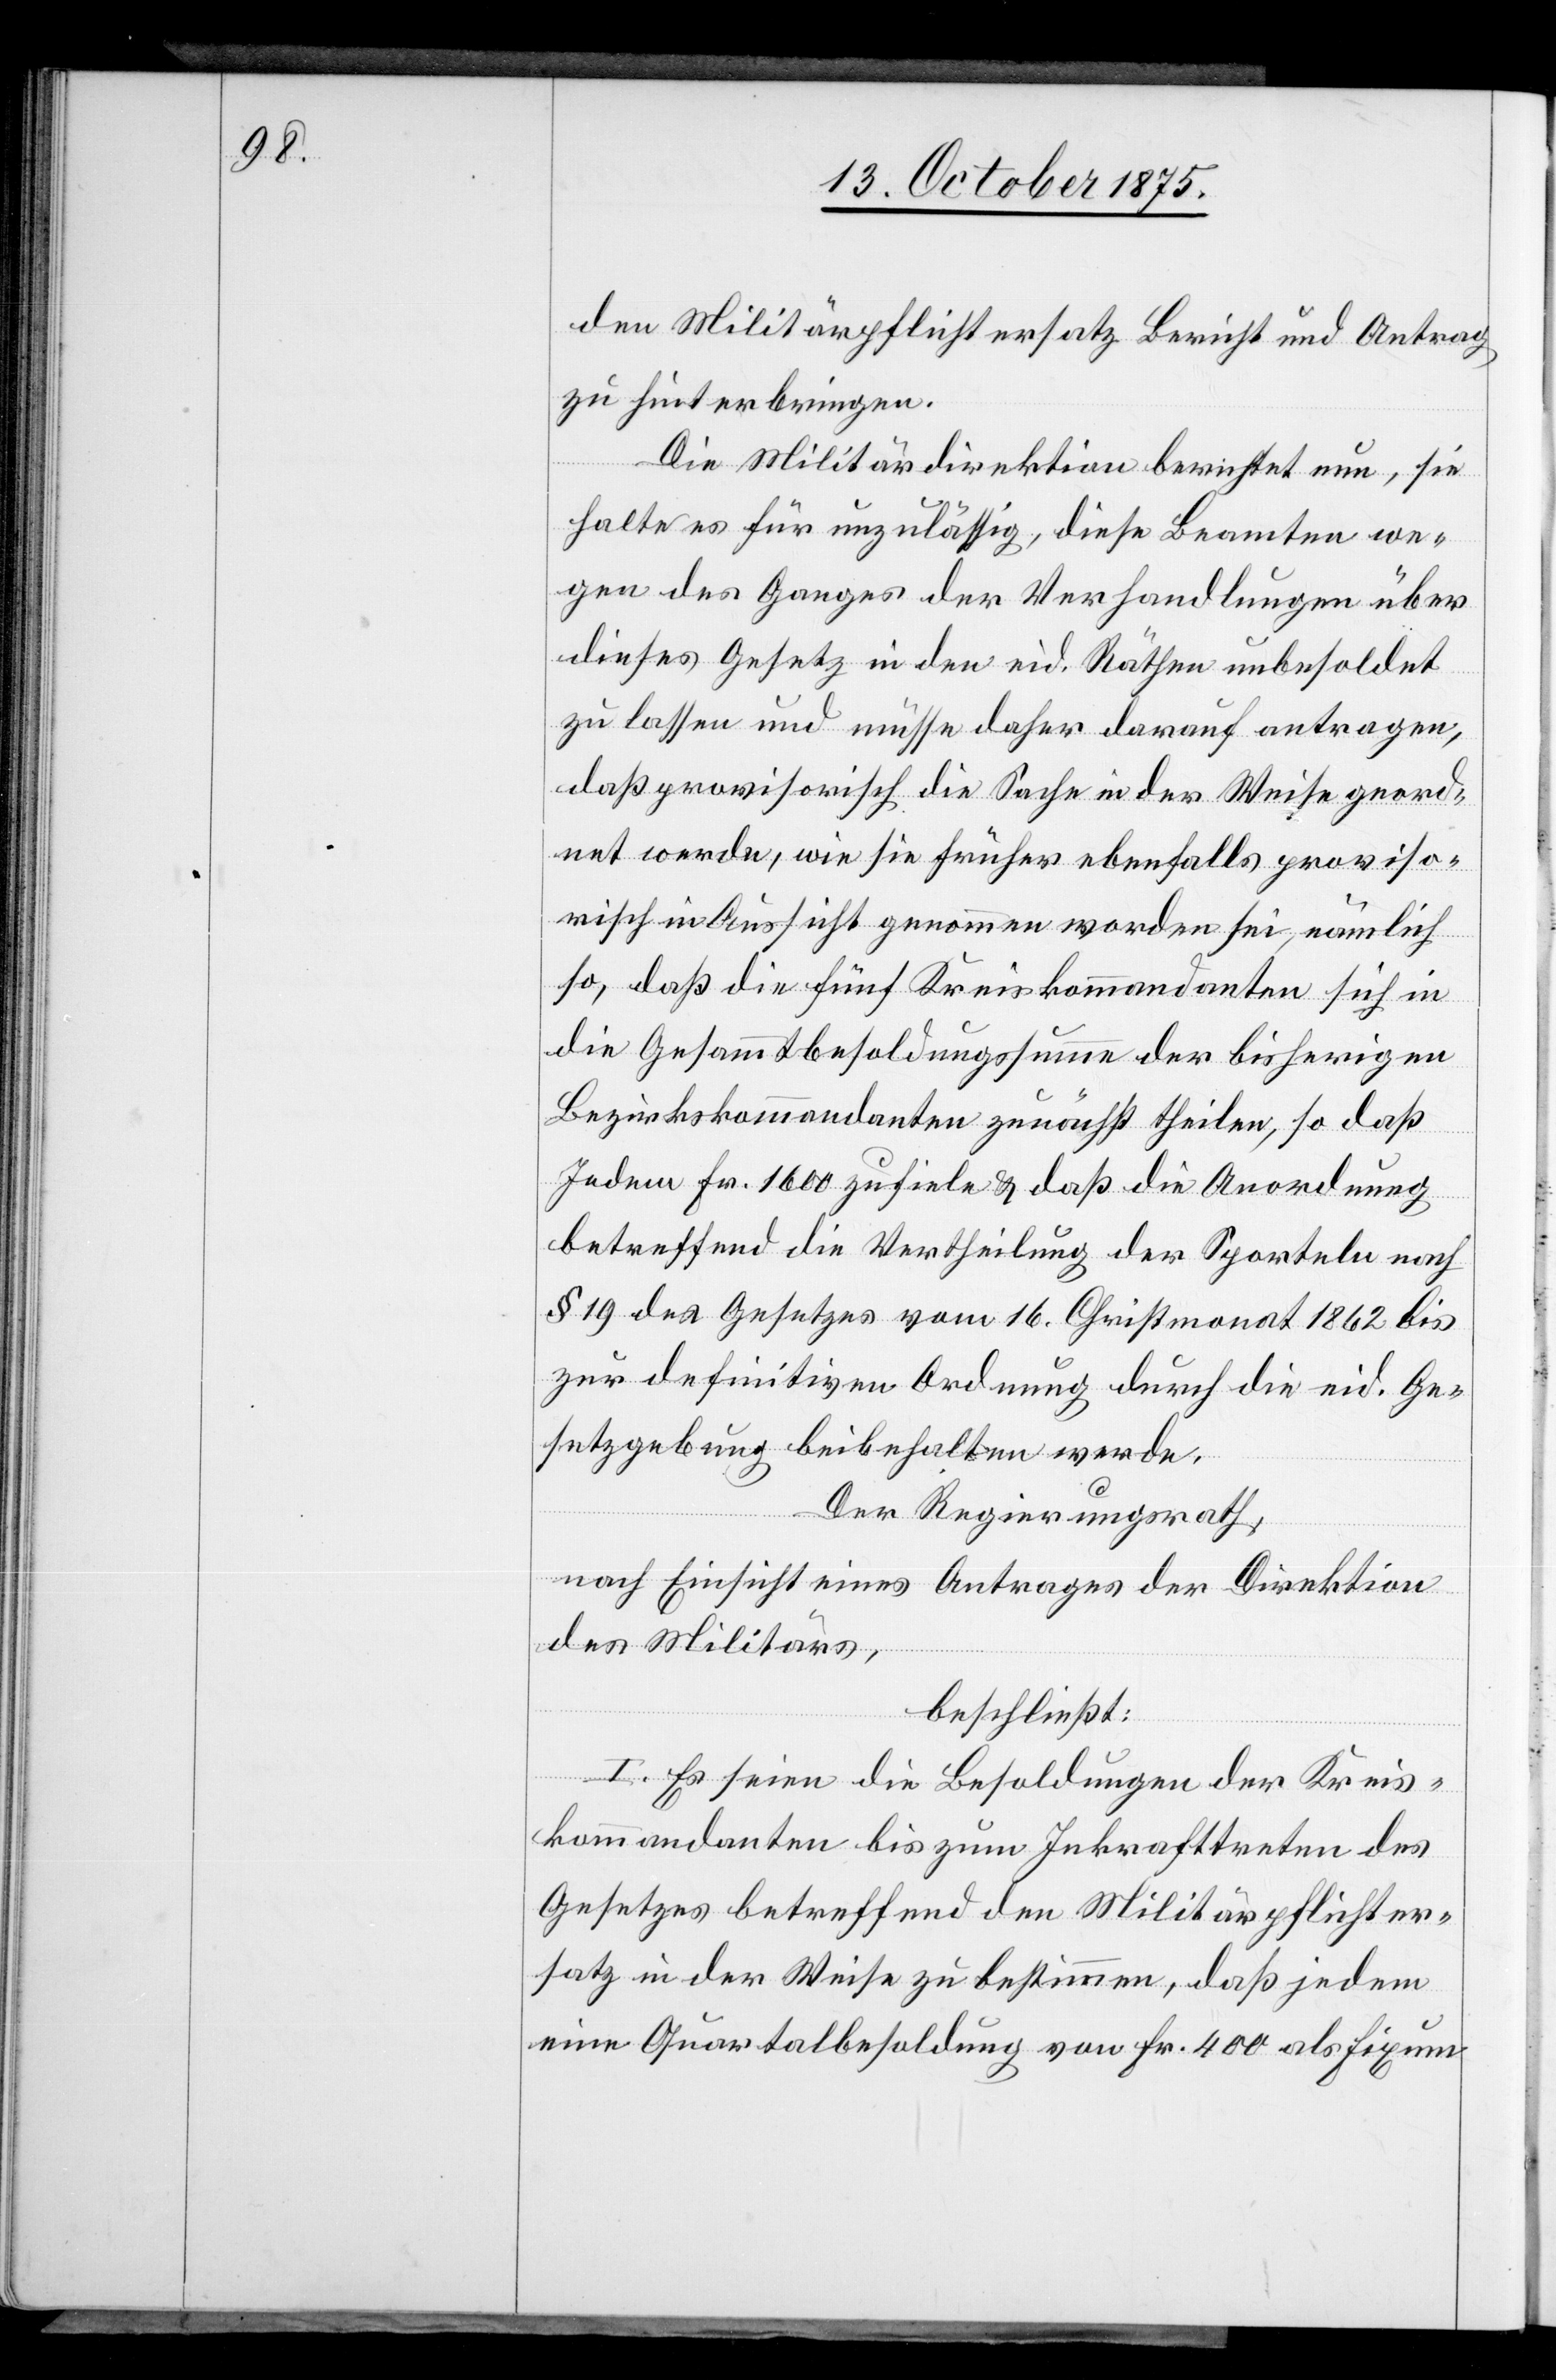
den Militärpflichtersatz Bericht und Antrag
zu hinterbringen.
Die Militärdirektion berichtet nun, sie
halte es für unzulässig, diese Beamten we¬
gen des Ganges der Verhandlungen über
dieses Gesetz in den eid. Räthen unbesoldet
zu lassen und müsse daher darauf antragen,
daß provisorisch die Sache in der Weise geord¬
net werde, wie sie früher ebenfalls proviso¬
risch in Aussicht genommen worden sei, nämlich
so, daß die fünf Kreiskommandanten sich in
die Gesammtbesoldungssumme der bisherigen
Bezirkskommandanten zunächst theilen, so daß
Jedem Fr. 1600 zufiele[n] & daß die Anordnung
betreffend die Vertheilung der Sporteln nach
§ 19 des Gesetzes vom 16. Christmonat 1862 bis
zur definitiven Ordnung durch die eid. Ge¬
setzgebung beibehalten werde.
Der Regierungsrath,
nach Einsicht eines Antrages der Direktion
des Militärs,
beschließt:
I. Es seien die Besoldungen der Kreis¬
kommandanten bis zum Inkrafttreten des
Gesetzes betreffend den Militärpflichter¬
satz in der Weise zu bestimmen, daß jedem
eine Quartalbesoldung von Fr. 400 als Fixum